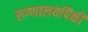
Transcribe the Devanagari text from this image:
रुग्णालयांपैकी